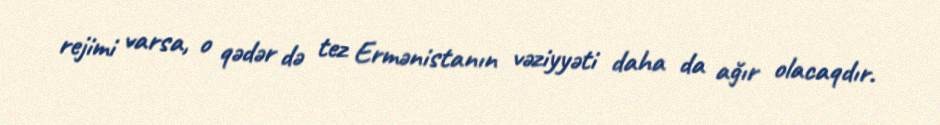
rejimi varsa, o qədər də tez Ermənistanın vəziyyəti daha da ağır olacaqdır.